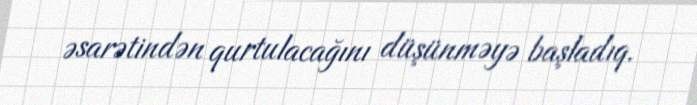
əsarətindən qurtulacağını düşünməyə başladıq.